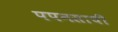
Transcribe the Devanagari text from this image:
पपनसाची